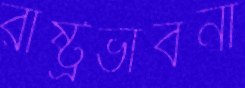
রাষ্ট্রভাবনা